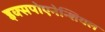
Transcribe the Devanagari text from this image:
इक्सपोएनेन्शियल